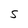
Character: s